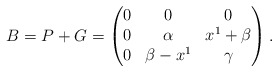
\begin{align*}B=P+G=\begin{pmatrix}0&0&0\cr0&\alpha&x^1+\beta\cr0&\beta-x^1&\gamma\end{pmatrix}.\end{align*}